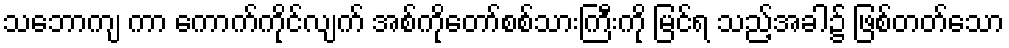
သဘောကျ ကာ ကောက်ကိုင်လျက် အစ်ကိုတော်စစ်သားကြီးကို မြင်ရ သည့်အခါ၌ ဖြစ်တတ်သော